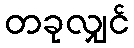
တခုလျှင်